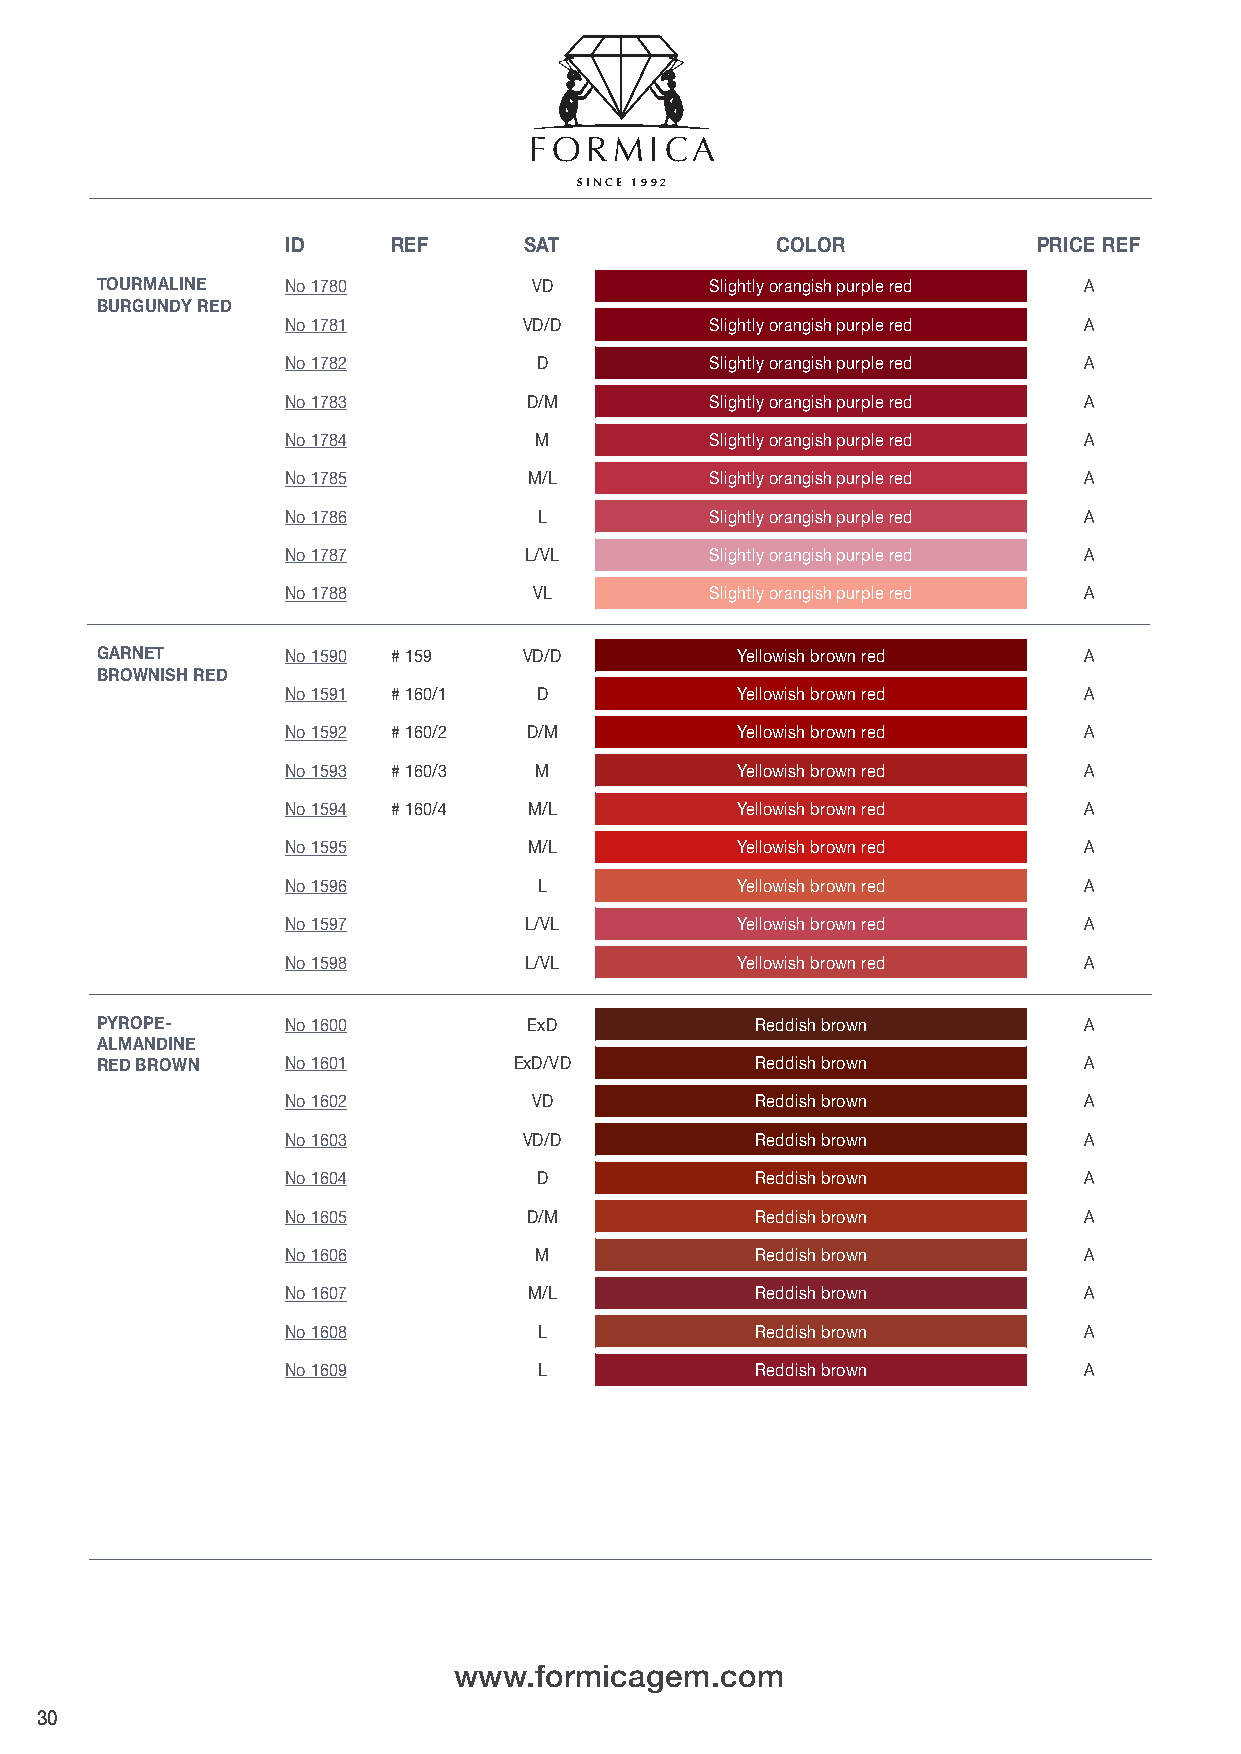
FFOORRMMIICCAA
 SSIINN CCEE 11999922
 ID     REF      SAT             COLOR             PRICE REF
 TOURMALINE   No 1780         VD          Slightly orangish purple red A
 BURGUNDY RED
 No 1781         VD/D        Slightly orangish purple red A
 No 1782          D          Slightly orangish purple red A
 No 1783         D/M         Slightly orangish purple red A
 No 1784         M           Slightly orangish purple red A
 No 1785         M/L         Slightly orangish purple red A
 No 1786          L          Slightly orangish purple red A
 No 1787         L/VL        Slightly orangish purple red A
 No 1788         VL          Slightly orangish purple red A
 GARNET       No 1590 # 159   VD/D          Yellowish brown red    A
 BROWNISH RED
 No 1591 # 160/1  D            Yellowish brown red    A
 No 1592 # 160/2 D/M           Yellowish brown red    A
 No 1593 # 160/3 M             Yellowish brown red    A
 No 1594 # 160/4 M/L           Yellowish brown red    A
 No 1595         M/L           Yellowish brown red    A
 No 1596          L            Yellowish brown red    A
 No 1597         L/VL          Yellowish brown red    A
 No 1598         L/VL          Yellowish brown red    A
 PYROPE-      No 1600         ExD            Reddish brown         A
 ALMANDINE
 RED BROWN    No 1601        ExD/VD          Reddish brown         A
 No 1602         VD             Reddish brown         A
 No 1603         VD/D           Reddish brown         A
 No 1604          D             Reddish brown         A
 No 1605         D/M            Reddish brown         A
 No 1606         M              Reddish brown         A
 No 1607         M/L            Reddish brown         A
 No 1608          L             Reddish brown         A
 No 1609          L             Reddish brown         A
 wwwwww..ffoorrmmiiccaaggeemm..ccoomm
 30